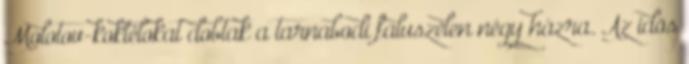
Molotov-koktélokat dobtak a tarnabodi faluszélen négy házra. Az idõs